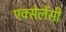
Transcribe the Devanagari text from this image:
एक्सेलेंसी